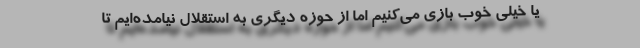
یا خیلی خوب بازی می‌کنیم اما از حوزه دیگری به استقلال نیامده‌ایم تا